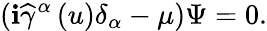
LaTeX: (\mathbf{i}\widehat{{\gamma}}^{\alpha}\left(u\right)\delta_{\alpha}-\mu)\Psi=0.